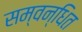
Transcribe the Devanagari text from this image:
सम्वन्धित